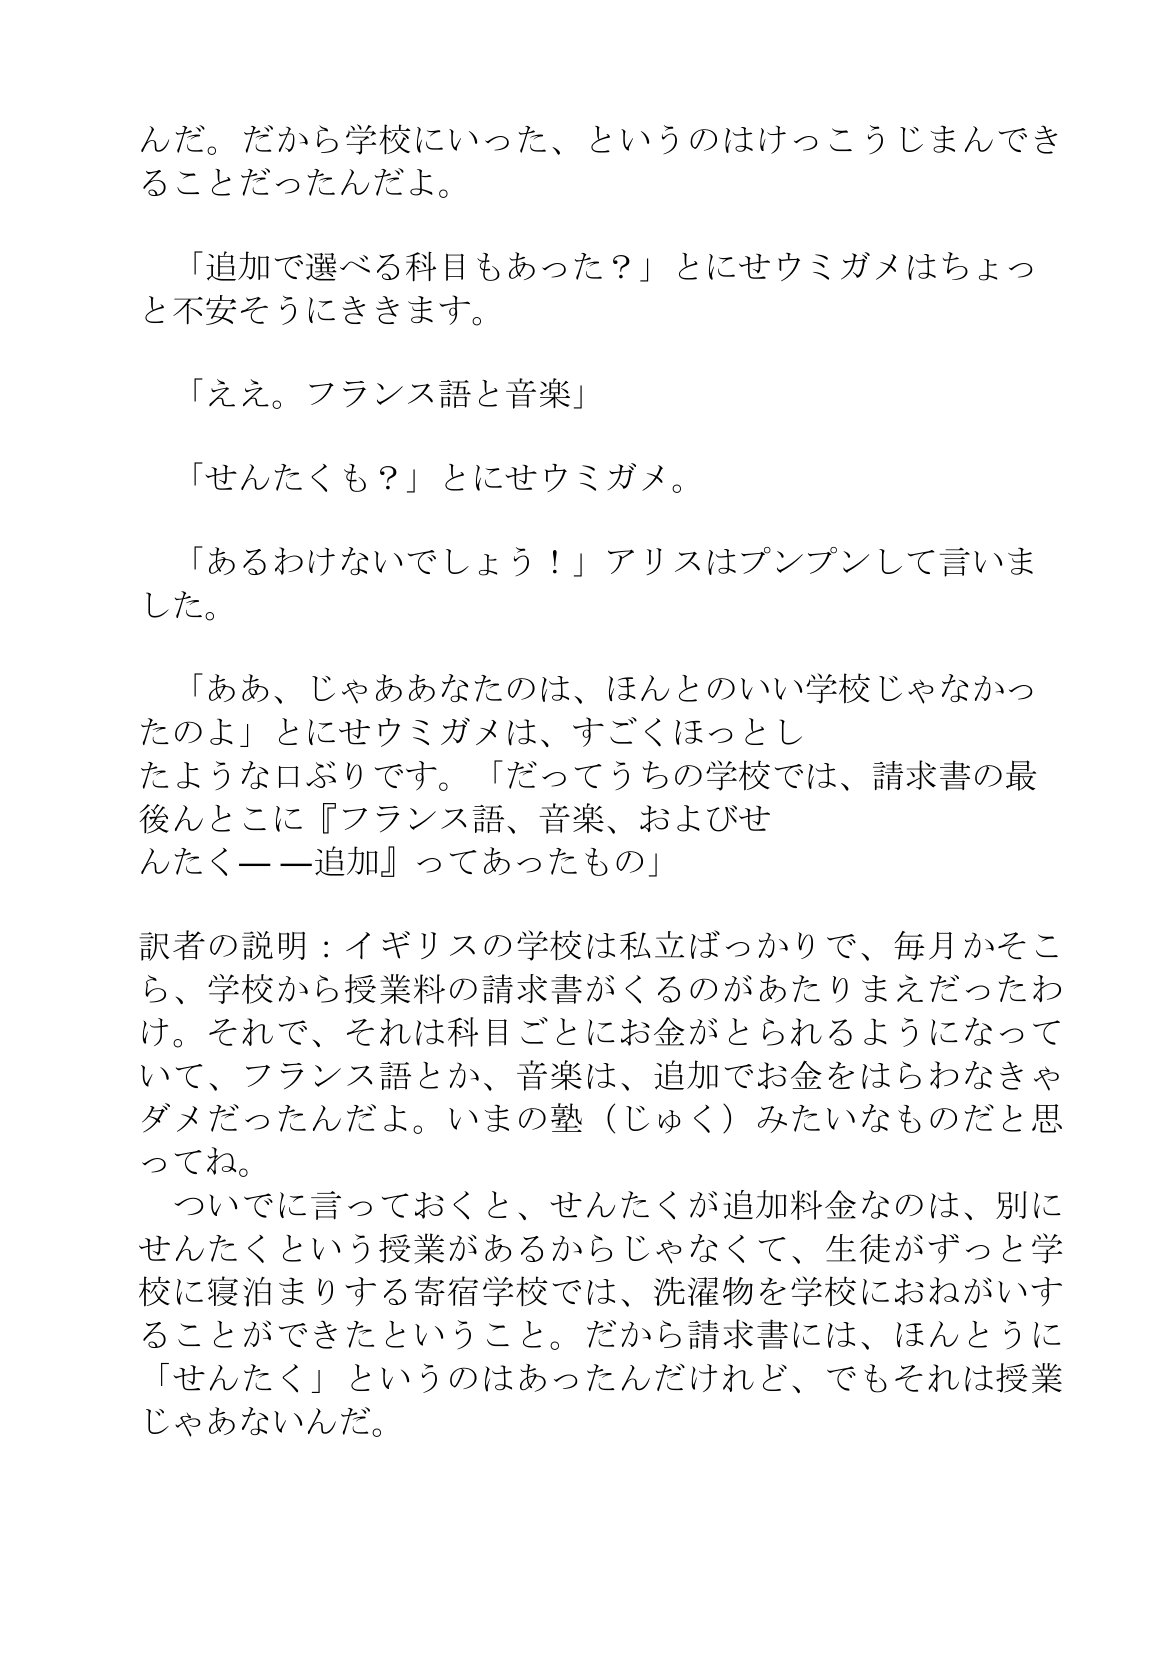
Language: ja